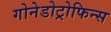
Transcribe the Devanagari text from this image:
गोनेडोट्रोफिन्स